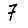
Digit: 7